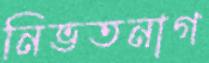
নিভতনাগ